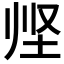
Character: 𱖣